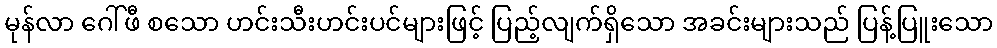
မုန်လာ ဂေါ်ဖီ စသော ဟင်းသီးဟင်းပင်များဖြင့် ပြည့်လျက်ရှိသော အခင်းများသည် ပြန့်ပြူးသော